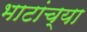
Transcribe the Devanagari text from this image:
भाटांच्या